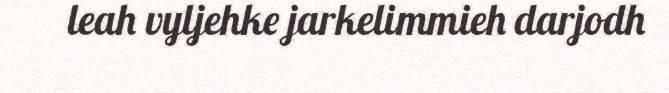
leah vyljehke jarkelimmieh darjodh